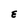
Character: E